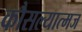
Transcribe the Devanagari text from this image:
कौसल्यात्मज